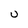
Character: U